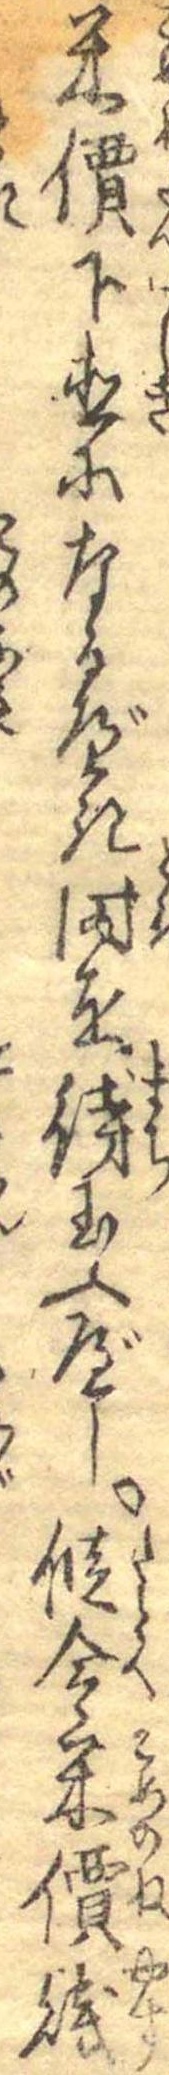
米價下直になるべき時を待玉ふべし縦令米價賎